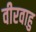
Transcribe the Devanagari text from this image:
वीरवाहु